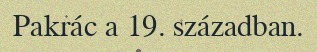
Pakrác a 19. században.